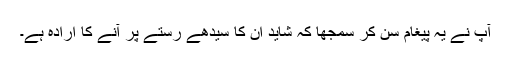
آپؐ نے یہ پیغام سن کر سمجھا کہ شاید ان کا سیدھے رستے پر آنے کا ارادہ ہے۔